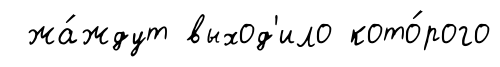
жа́ждут выход'ило кото́рого